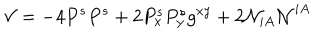
{ \cal V } = - 4 P ^ { s } P ^ { s } + 2 P _ { x } ^ { s } P _ { y } ^ { s } g ^ { x y } + 2 { \cal N } _ { i A } { \cal N } ^ { i A } \,